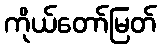
ကိုယ်တော်မြတ်